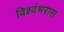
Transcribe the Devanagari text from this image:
विश्वंभरास